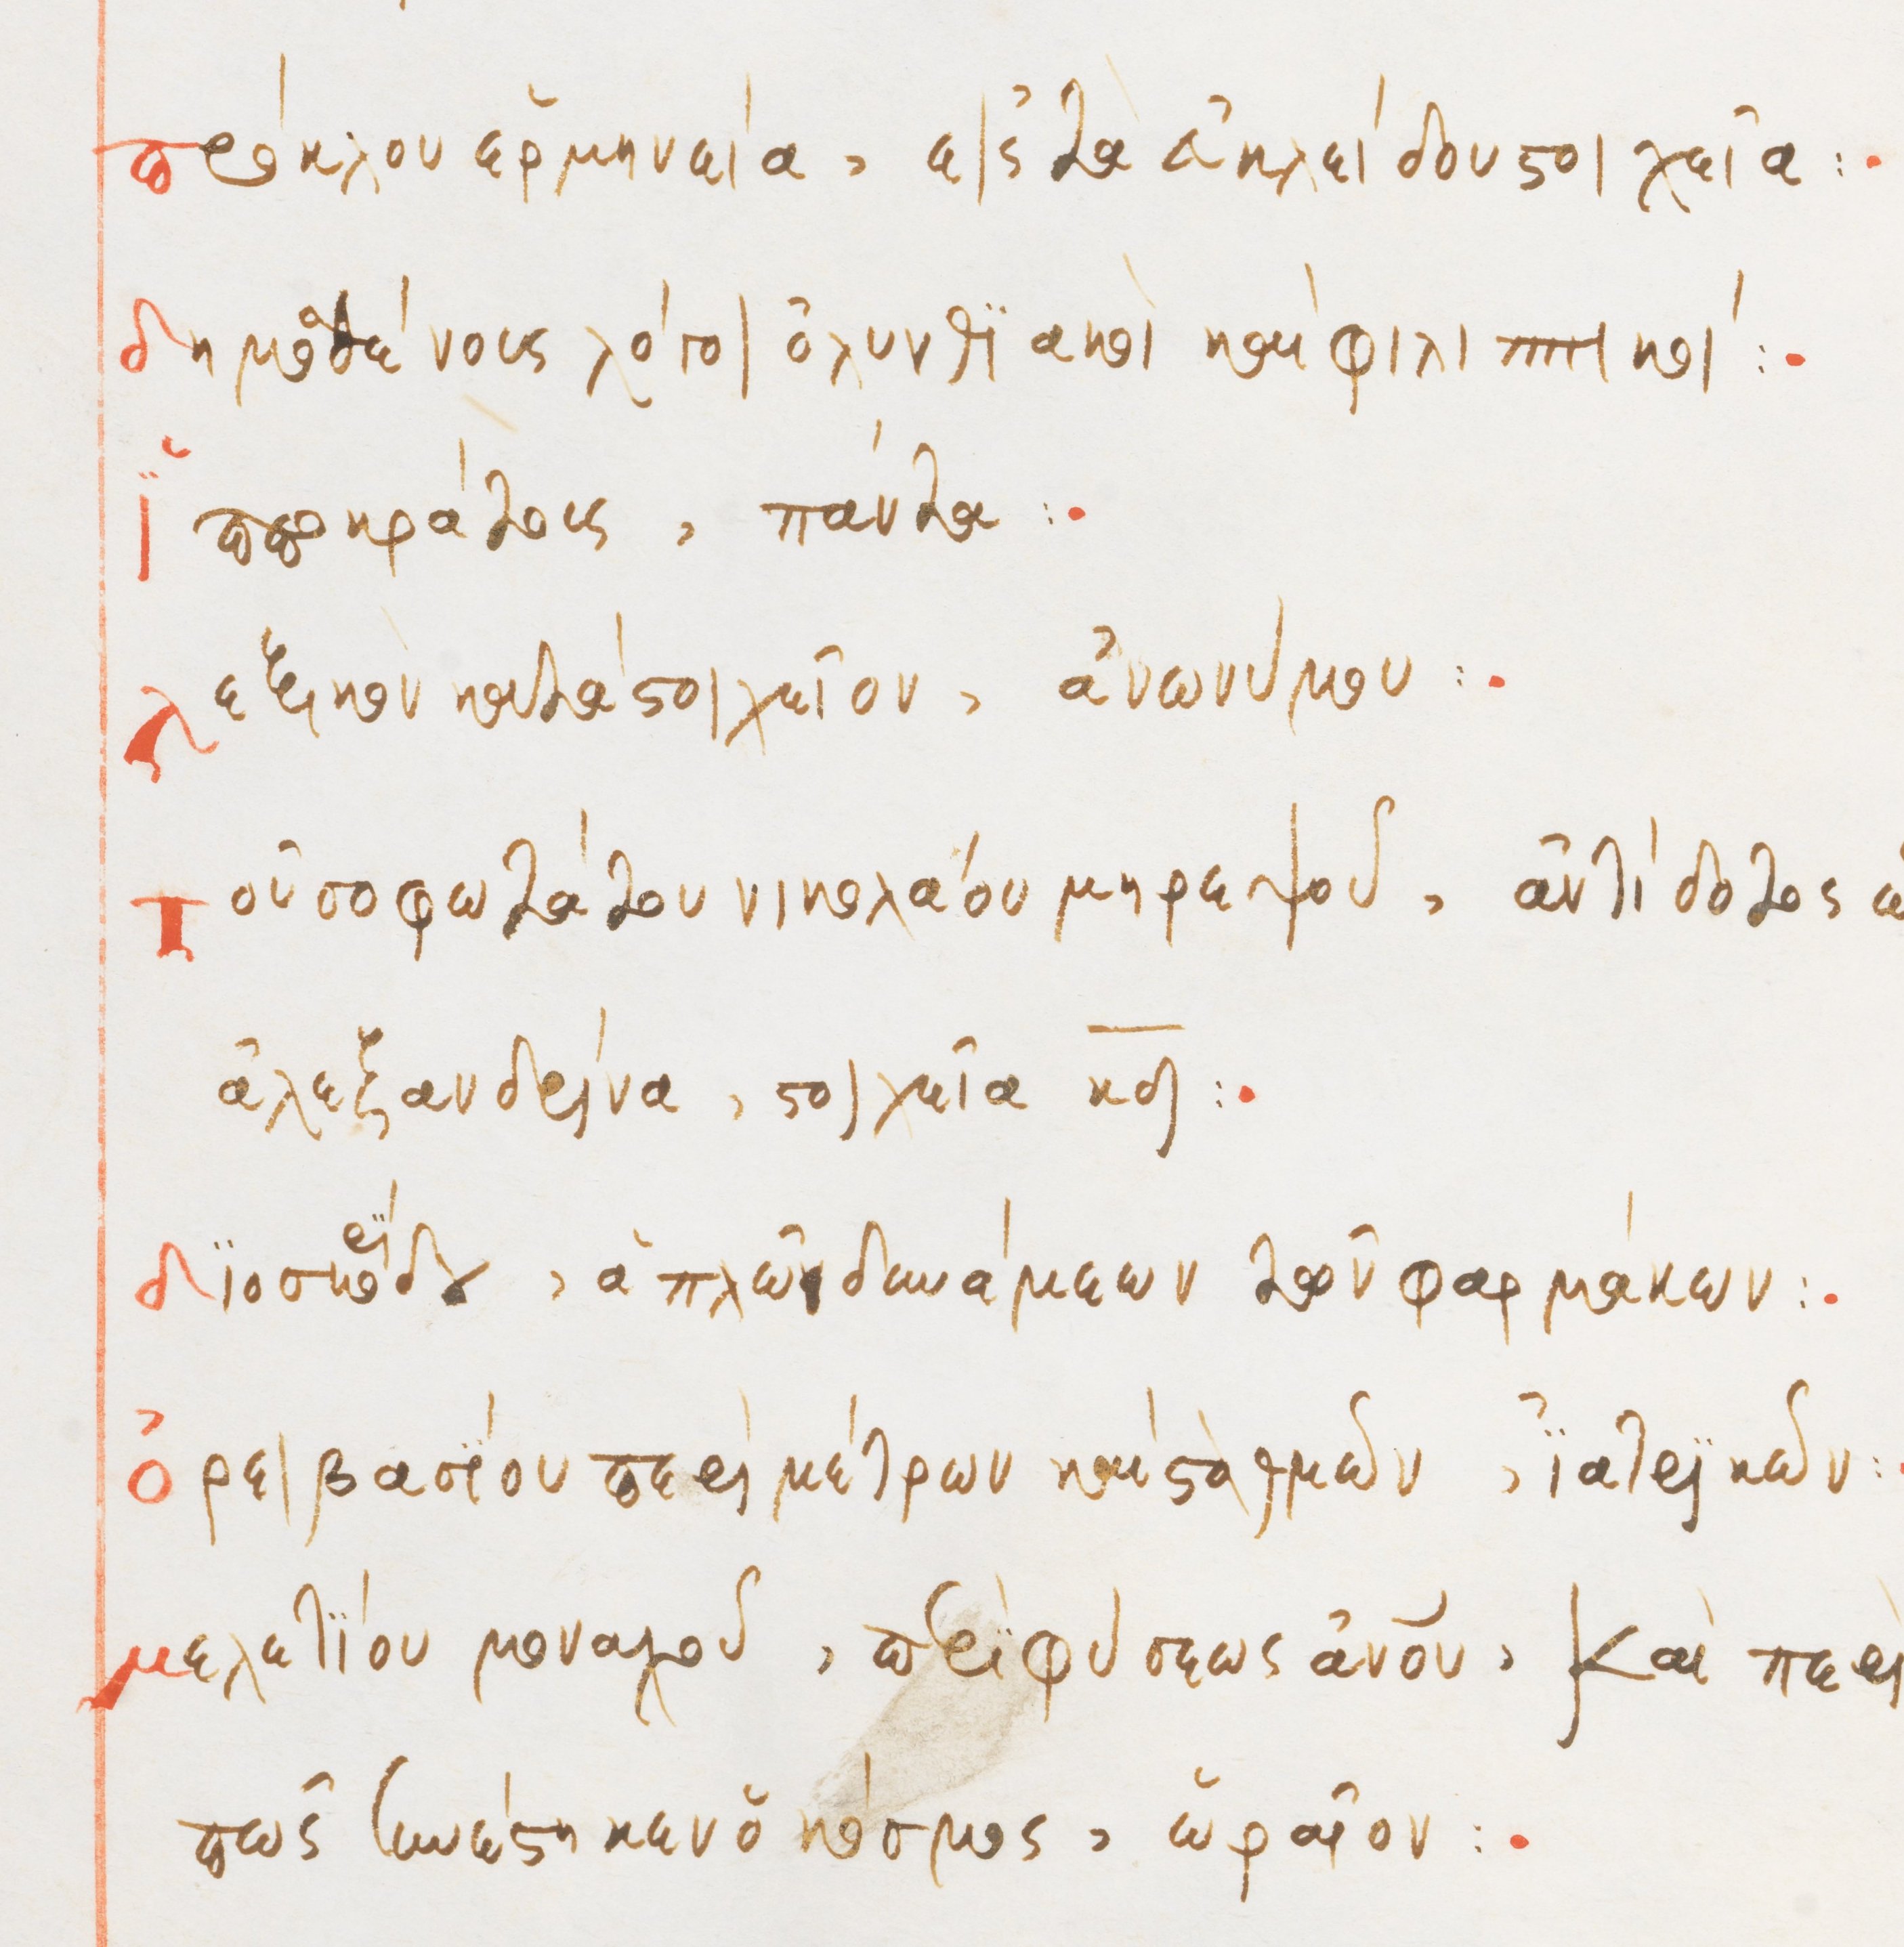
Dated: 1564–1564